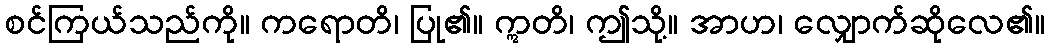
စင်ကြယ်သည်ကို။ ကရောတိ၊ ပြု၏။ ဣတိ၊ ဤသို့။ အာဟ၊ လျှောက်ဆိုလေ၏။